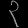
Digit: ၃